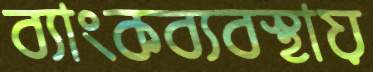
ব্যাংকব্যবস্থায়